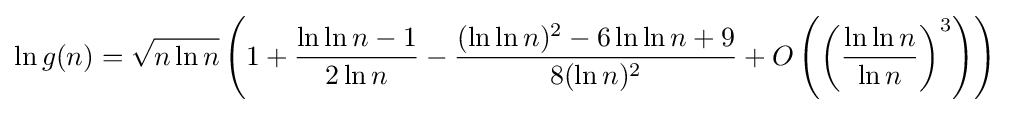
\ln g(n)={\sqrt {n\ln n}}\left(1+{\frac {\ln \ln n-1}{2\ln n}}-{\frac {(\ln \ln n)^{2}-6\ln \ln n+9}{8(\ln n)^{2}}}+O\left(\left({\frac {\ln \ln n}{\ln n}}\right)^{3}\right)\right)